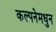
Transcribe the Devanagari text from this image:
कल्पनेमधुन